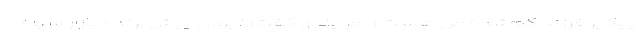
پیگیر فرزند گم‌شده من هست؟" مویندو گفت: نیروی پیش‌برنده بازار سیاه